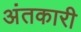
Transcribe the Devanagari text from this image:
अंतकारी